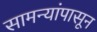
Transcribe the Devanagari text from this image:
सामन्यांपासून